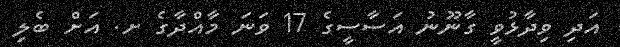
އަދި ވިދާޅުވީ ގާނޫނު އަސާސީގެ 17 ވަނަ މާއްދާގެ ށ. އަށް ބެލި